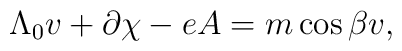
\Lambda_0 v + \partial\chi -eA = m\cos{\beta} v ,